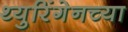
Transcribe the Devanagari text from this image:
थ्युरिंगेनच्या